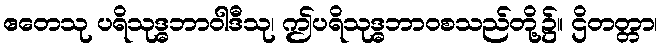
ဧတေသု ပရိသုဒ္ဓဘာဝါဒီသု၊ ဤပရိသုဒ္ဓဘာဝစသည်တို့၌။ ဌိတတ္တာ၊